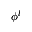
\phi ^ { l }